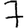
Digit: 7